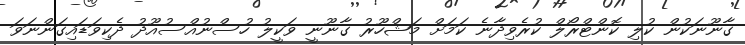
ގާނޫނަކުން ކުލި ކޮންޓްރޯލް ކުރެވިދާނެ ކަމަށް މަޝްހޫރު ގާނޫނީ ވަކީލު ހުސްނުއްސުއޫދު ދެކިވަޑައިގަންނަވަ